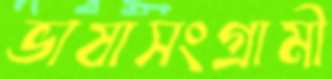
ভাষাসংগ্রামী